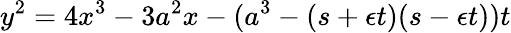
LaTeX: y^{2}=4x^{3}-3a^{2}x-(a^{3}-(s+\epsilon t)(s-\epsilon t))t